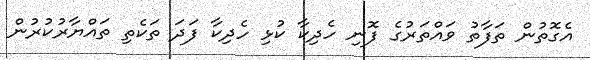
އެގޮތުން ތަފާތު ވައްތަރުގެ ފޮނި ހެދިކާ ކުޅި ހެދިކާ ފަދަ ތަކެތި ތައްޔާރުކުރުން